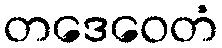
တဒေဝေတံ